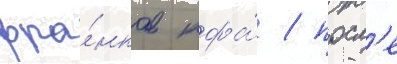
фра́нков кфа́ / посл'е